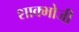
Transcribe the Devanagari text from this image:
शाक्भोजी